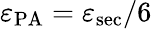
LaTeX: \varepsilon_{\mathrm{PA}}=\varepsilon_{\mathrm{sec}}/6